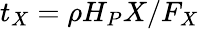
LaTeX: t_{X}=\rho H_{P}X/F_{X}